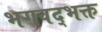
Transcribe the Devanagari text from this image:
भगवद्‌भक्त